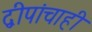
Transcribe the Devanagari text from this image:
द्वीपांचाही